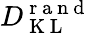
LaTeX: D_{\mathrm{~K~L~}}^{\mathrm{~r~a~n~d~}}